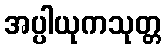
အပ္ပါယုကသုတ္တ